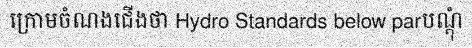
ក្រោមចំណងជើងថា Hydro Standards below parបណ្តុំ